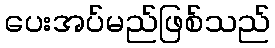
ပေးအပ်မည်ဖြစ်သည်